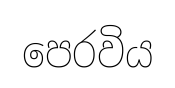
පෙරවිය